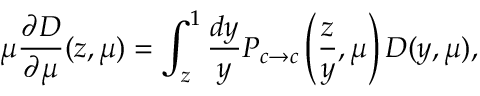
\mu \frac { \partial D } { \partial \mu } ( z , \mu ) = \int _ { z } ^ { 1 } \frac { d y } { y } { \cal P } _ { c \to c } \left( \frac { z } { y } , \mu \right) D ( y , \mu ) ,